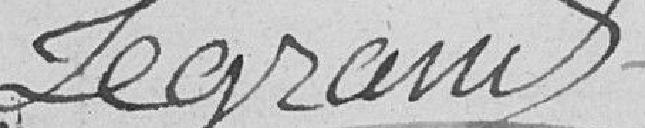
Legrand